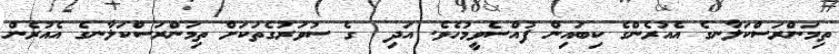
ތިމަންރަސްކަލާނގެ އެއުރެންގެ ކިބައިން ފުއްސެވީމުހެވެ. އަދި  ގެ ސުވަރުގެތަކަށް ތިމަންރަސްކަލާނގެ އެއުރެން